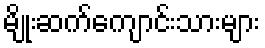
မျိုးဆက်ကျောင်းသားများ